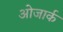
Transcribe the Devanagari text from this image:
ओजार्क